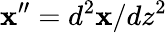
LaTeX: \mathbf{x}^{\prime\prime}=d^{2}\mathbf{x}/dz^{2}